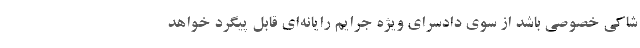
شاکی خصوصی باشد از سوی دادسرای ویژه جرایم رایانه‌ای قابل‌ پیگرد خواهد